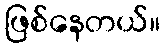
ဖြစ်နေတယ်။